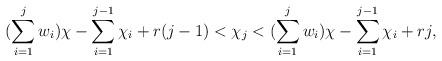
LaTeX: \begin{align*}(\sum\limits_{i=1}^j w_i)\chi - \sum\limits_{i=1}^{j-1}\chi_i + r(j-1) < \chi_j < (\sum\limits_{i=1}^j w_i)\chi - \sum\limits_{i=1}^{j-1}\chi_i + rj,\end{align*}